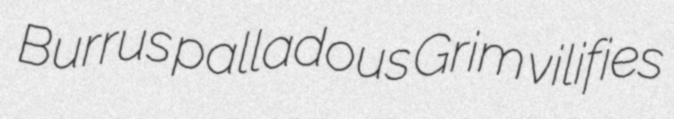
Burrus palladous Grim vilifies